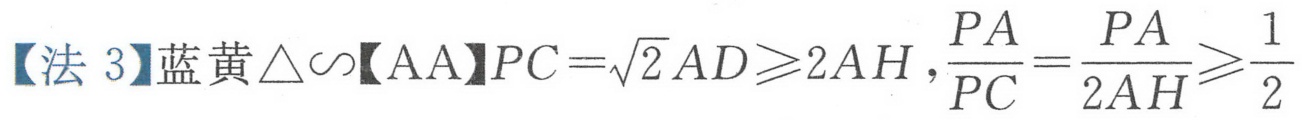
【法3】蓝黄\(\triangle\sim\)【AA】\(PC = \sqrt{2}AD\geqslant2AH\)，\(\dfrac{PA}{PC}=\dfrac{PA}{2AH}\geqslant\dfrac{1}{2}\)